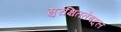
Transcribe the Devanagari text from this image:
सुरक्षिततेबद्दल